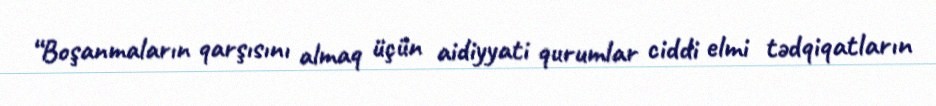
“Boşanmaların qarşısını almaq üçün aidiyyati qurumlar ciddi elmi tədqiqatların